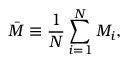
\bar { M } \equiv \frac { 1 } { N } \sum _ { i = 1 } ^ { N } M _ { i } ,